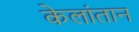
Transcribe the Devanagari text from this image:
केलांतान